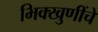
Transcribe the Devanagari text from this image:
भिक्खुणींचे